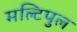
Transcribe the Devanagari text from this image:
मल्टिपुल